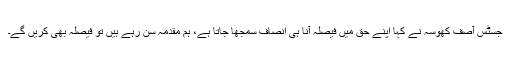
جسٹس آصف کھوسہ نے کہا اپنے حق میں فیصلہ آنا ہی انصاف سمجھا جاتا ہے، ہم مقدمہ سن رہے ہیں تو فیصلہ بھی کریں گے۔